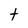
Character: t